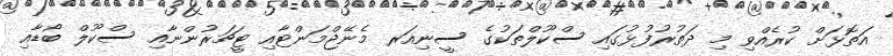
އަތޮޅަށް ކުރެއްވި މި ދަތުރުފުޅުގައި ސްކޫލްތަކުގެ ސީނިއަރ މެނޭޖްމަންޓާއި ޓީޗަރުންނާއި ސްކޫލް ބޯޑާއި